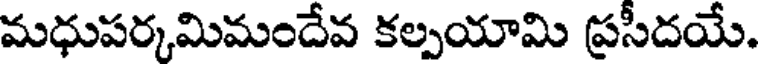
మధుపర్కమిమందేవ కల్పయామి ప్రసీదయే.